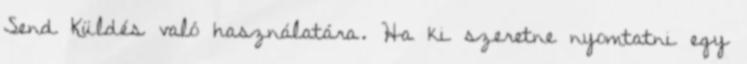
Send Küldés való használatára. Ha ki szeretne nyomtatni egy